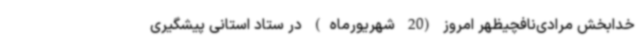
خدابخش مرادی‌نافچیظهر امروز (20 شهریورماه) در ستاد استانی پیشگیری